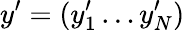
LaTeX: y^{\prime}=(y_{1}^{\prime}\ldots y_{N}^{\prime})